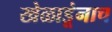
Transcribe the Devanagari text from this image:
खेळाडूंनाच